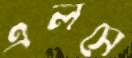
এলসে